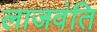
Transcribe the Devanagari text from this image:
लाजवंति